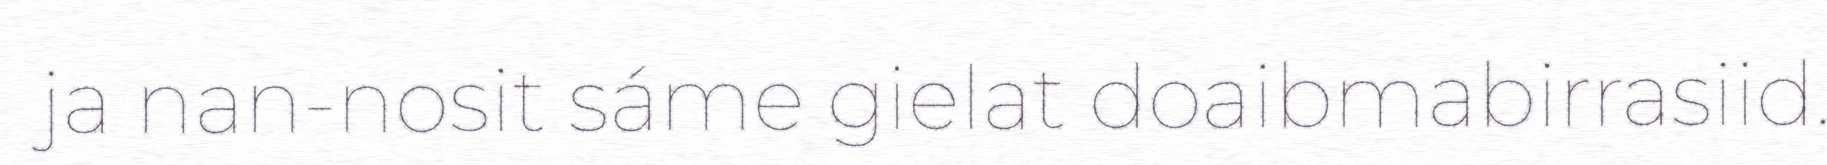
ja nan-nosit sáme gielat doaibmabirrasiid.